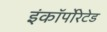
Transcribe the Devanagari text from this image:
इंकॉर्पोरेटेड